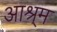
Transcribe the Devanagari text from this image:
आश्र्म